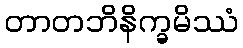
တာတဘိနိက္ခမိဿံ